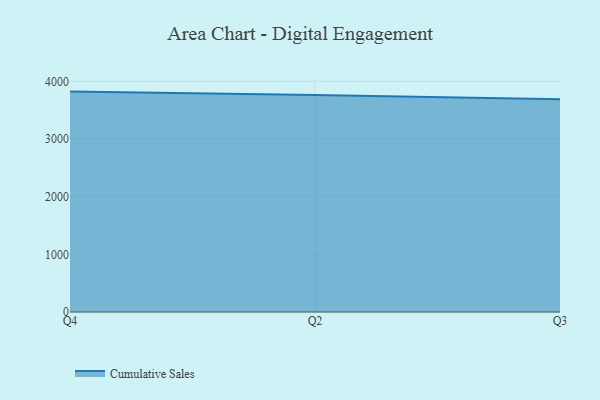
{"axis": {"x": "Quarter", "y": "Backlog"}, "legend": ["Cumulative Sales"], "data": [{"x": "Q4", "y": 3822.1, "type": "Cumulative Sales"}, {"x": "Q2", "y": 3763.0, "type": "Cumulative Sales"}, {"x": "Q3", "y": 3690.6, "type": "Cumulative Sales"}]}